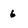
Character: 6